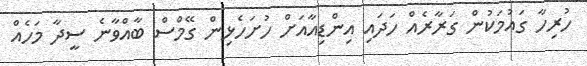
ހުރިހާ ގައުމަކުން ގަރާރެއް ހަދައި އިންޑިއާއަށް ހުށަހެޅިން ގޭމްސް ބާއްވާނެ ސީދާ މަހެއް